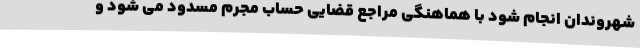
شهروندان انجام شود با هماهنگی مراجع قضایی حساب مجرم مسدود می شود و